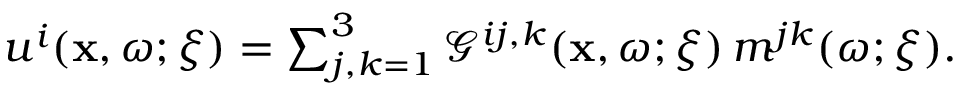
\begin{array} { r } { u ^ { i } ( \mathbf { x } , \omega ; \boldsymbol { \xi } ) = \sum _ { j , k = 1 } ^ { 3 } \mathcal { G } ^ { i j , k } ( \mathbf { x } , \omega ; \boldsymbol { \xi } ) \, m ^ { j k } ( \omega ; \boldsymbol { \xi } ) . } \end{array}